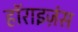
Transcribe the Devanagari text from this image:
हॉराइज़ंस